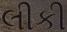
લીકી